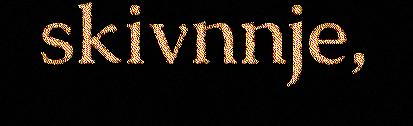
skivnnje,